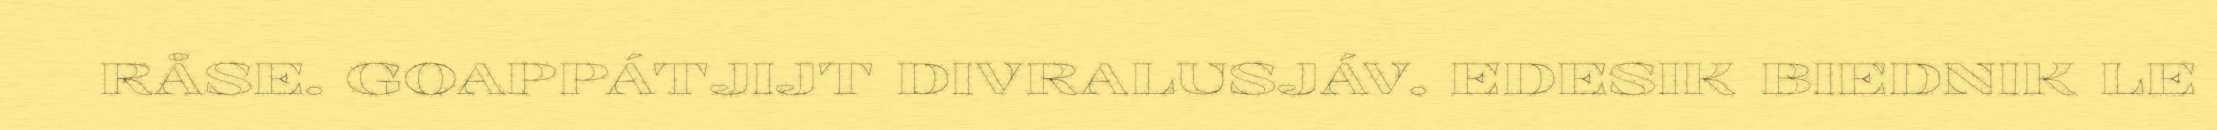
RÅSE. GOAPPÁTJIJT DIVRALUSJÁV. EDESIK BIEDNIK LE